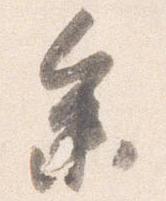
参